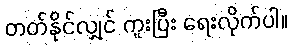
တတ်နိုင်လျှင် ကူးပြီး ရေးလိုက်ပါ။